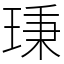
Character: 𤦋